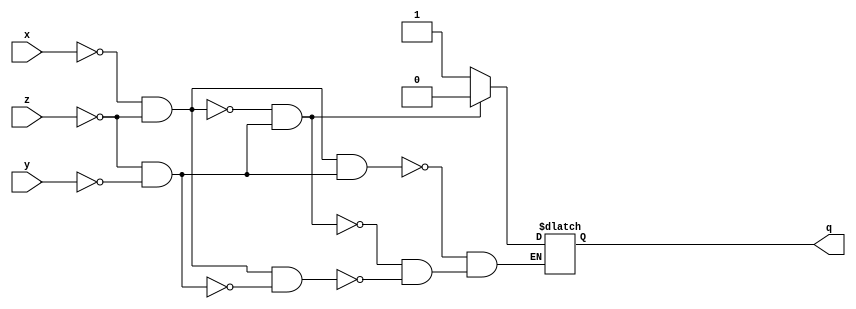
module exercicio(x,y,z,q);

input x,y,z;
output reg q;

reg s,c;

always@(x or y or z) begin
  s = ~x & ~z;
  c = ~z & ~y;
  if(s == 0 & c == 0) begin
    q = q;
  end 

  if(s == 1 & c == 0) begin
    q = 1;
  end

  if(s == 0 & c == 1) begin
    q = 0;
  end
  if (s==1 & c==1)begin
    q=1'bx;
    end
end


endmodule